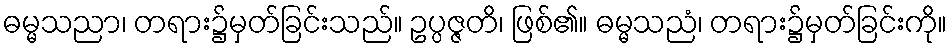
ဓမ္မသညာ၊ တရား၌မှတ်ခြင်းသည်။ ဥပ္ပဇ္ဇတိ၊ ဖြစ်၏။ ဓမ္မသညံ၊ တရား၌မှတ်ခြင်းကို။